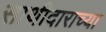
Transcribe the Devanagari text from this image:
साथीदाराच्या